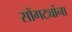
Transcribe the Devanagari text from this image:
सोंगट्यांना